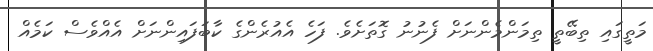
މަތީގައި ތިބޭތީ ތިމަންމެންނަށް ފެނުނު ގޮތަށެވެ. ފަހެ އެއުރެންގެ ކާބަފައިންނަށް އެއްވެސް ކަމެއް